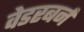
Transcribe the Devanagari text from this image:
वेडरबर्न